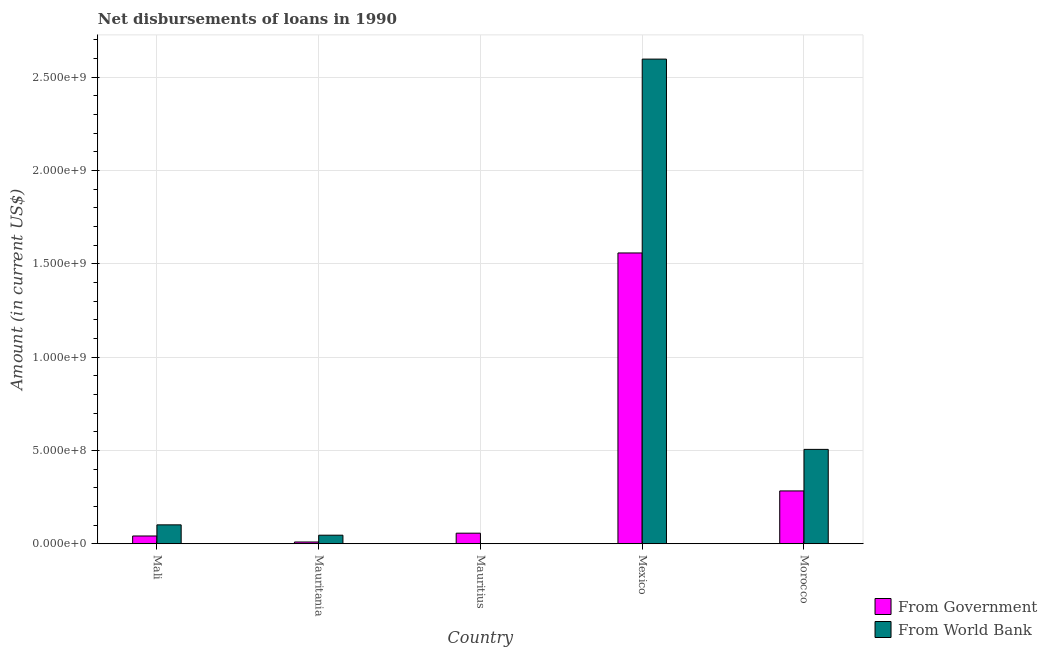
| Country | From Government | From World Bank |
 | --- | --- | --- |
 | Mali | 4.15e+07 | 1.01e+08 |
 | Mauritania | 9.43e+06 | 4.58e+07 |
 | Mauritius | 5.66e+07 | 2.6e+05 |
 | Mexico | 1.56e+09 | 2.6e+09 |
 | Morocco | 2.83e+08 | 5.06e+08 |